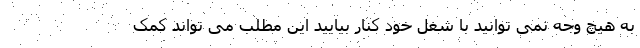
به هیچ وجه نمی توانید با شغل خود کنار بیایید این مطلب می تواند کمک